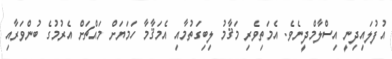
އުފުލައިދިނީ އިސްލާމްދީނެވެ. އެމަތިވެރި މަޤާމު ލިބިގަތުމާއި އެމަޤާމާ ހަމަޔަށް މައްޗަށް އެރުމުގެ ބުންވަރާއި